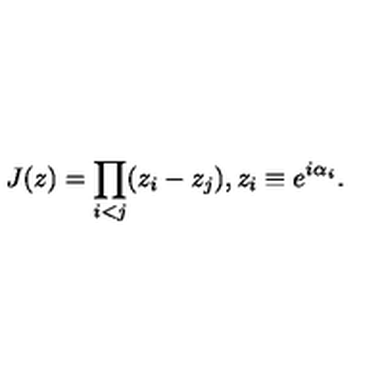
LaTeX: J ( z ) = \prod _ { i < j } ( z _ { i } - z _ { j } ) , z _ { i } \equiv e ^ { i \alpha _ { i } } .